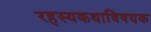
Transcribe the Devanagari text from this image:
रहस्यकथाविषयक